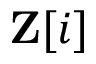
\mathbf { Z } [ i ]